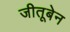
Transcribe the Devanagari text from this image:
जीतूबेन